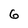
Character: 6